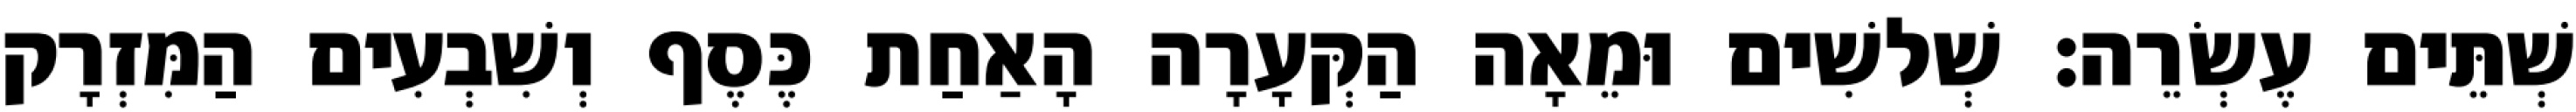
שְׁתֵּים עֶשְׂרֵה׃ שְׁלשִׁים וּמֵאָה הַקְּעָרָה הָאַחַת כֶּסֶף וְשִׁבְעִים הַמִּזְרָק